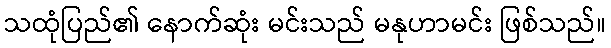
သထုံပြည်၏ နောက်ဆုံး မင်းသည် မနုဟာမင်း ဖြစ်သည်။